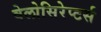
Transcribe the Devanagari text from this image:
वेलोसिरेप्‍टर्स